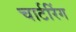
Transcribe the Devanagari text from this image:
चार्टरिंग